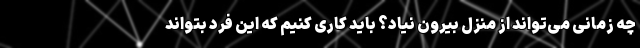
چه زمانی می‌تواند از منزل بیرون نیاد؟ باید کاری کنیم که این فرد بتواند